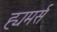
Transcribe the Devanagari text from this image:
ह्यमर्स